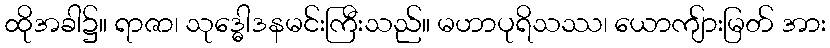
ထိုအခါ၌။ ရာဇာ၊ သုဒ္ဓေါဒနမင်းကြီးသည်။ မဟာပုရိသဿ၊ ယောကျ်ားမြတ် အား